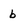
Character: b